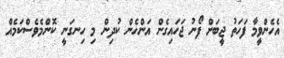
އެހެންވީމާ ފަހަތު ޖީބަށް ފޯނު ޖަހައިގެން އަންހެން ކުދިން މި ހިނގަނީ ކޮންމެވެސްކަމެއް